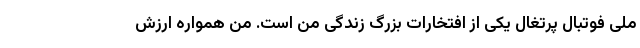
ملی فوتبال پرتغال یکی از افتخارات بزرگ زندگی من است. من همواره ارزش